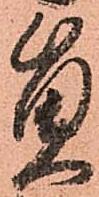
員